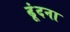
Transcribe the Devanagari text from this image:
ढूंदना